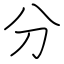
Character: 分